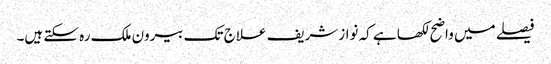
فیصلے میں واضح لکھا ہے کہ نوازشریف علاج تک بیرون ملک رہ سکتے ہیں۔